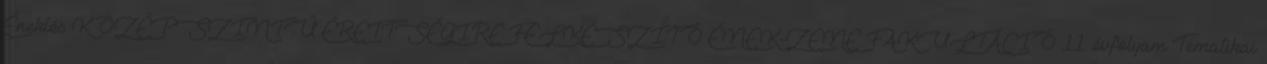
Éneklés KÖZÉPSZINTŰ ÉRETTSÉGIRE FELKÉSZÍTŐ ÉNEK-ZENE FAKULTÁCIÓ 11. évfolyam Tematikai